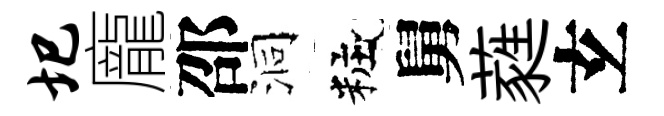
圯龐邵洞粧舅蕤𤣥